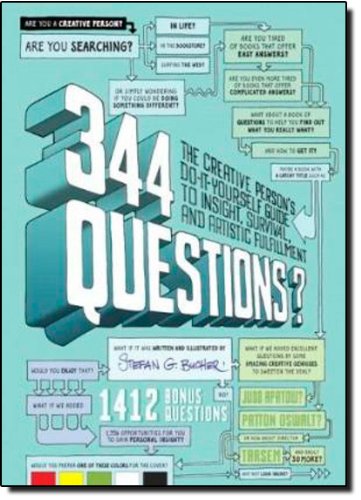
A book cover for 344 Questions: The Creative Person's Do-It-Yourself Guide to Insight, Survival, and Artistic Fulfillment (Voices That Matter); Stefan G. Bucher; Computers & Technology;